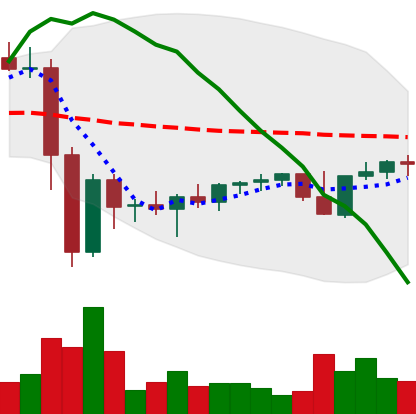
Ticker: XMR-USD
Chart end date: 2022-11-25
Forward return: 4.266%
Label: up_3_5